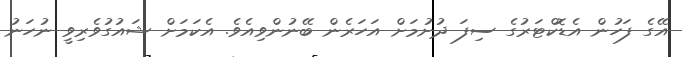
އޭގެ ފަހުން އެޑޮކްޓަރުގެ ސިފަ ދުށުމަށް އަހަރެން ބޭނުންވިއެވެ. އެކަމަށް ޝައުގުވެރިވީ ނުހަނު